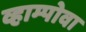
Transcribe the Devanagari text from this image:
व्हाम्पोवा